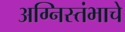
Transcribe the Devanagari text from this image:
अग्निस्तंभाचे